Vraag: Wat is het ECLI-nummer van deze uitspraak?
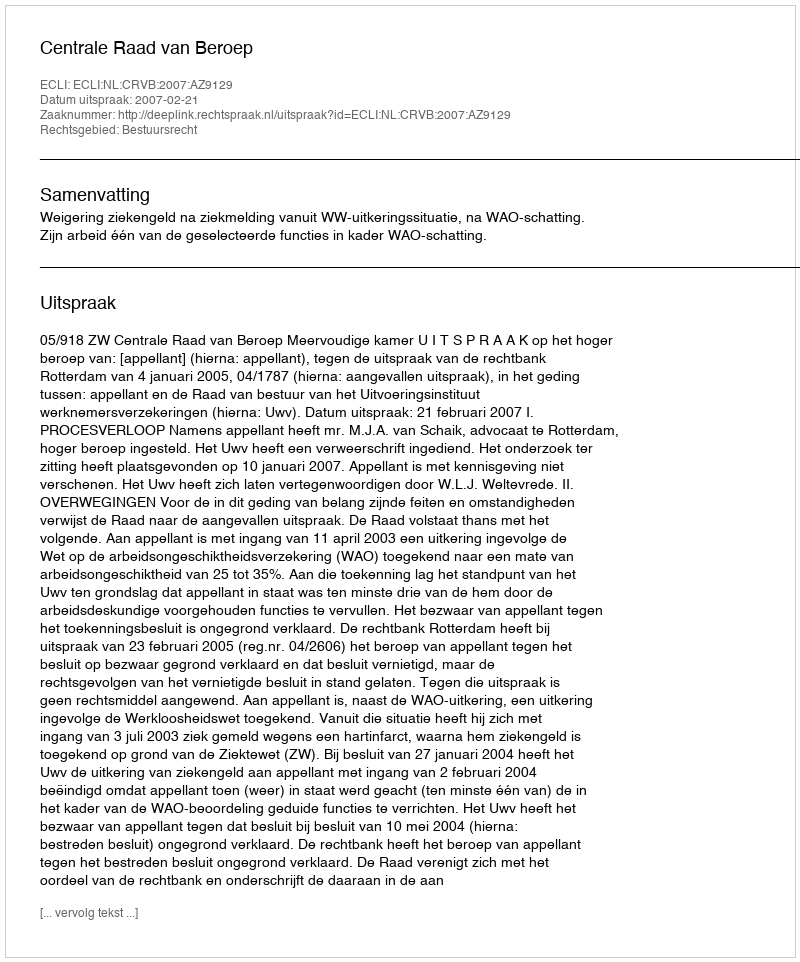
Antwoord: ECLI:NL:CRVB:2007:AZ9129